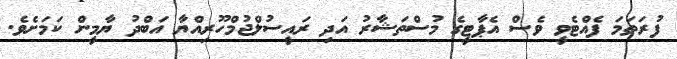
ފުރަތަމަ ފެއްޓެވީ ވެސް އެޕާޓީގެ މުސްތަޝާރު އަދި ރައީސުލްޖުމްހޫރިއްޔާ އަބްދު ޔާމީން ކަމަށެވެ.